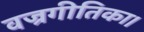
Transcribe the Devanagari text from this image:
वज्रगीतिका।